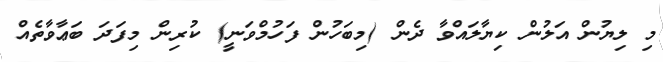
މި ލިޔުން އަލުން ކިޔާލައްވާ ދެން (މިބަހުން ފަހުމްވަނީ) ކުރިން މިފަދަ ބަޢާވާތެއް